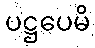
ပဋ္ဌပေမိ